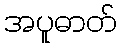
အပူဓာတ်